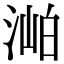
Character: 𣶎